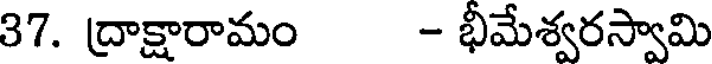
37. ద్రాక్షారామం - భీమేశ్వరస్వామి